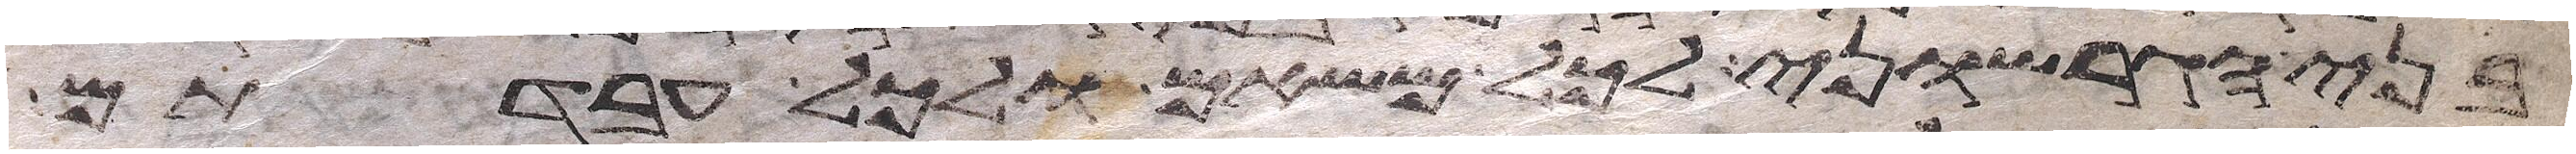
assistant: בני הגרשוני לכל משאם ולכל עבדתם